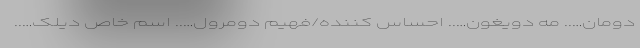
دومان….. مه دویغون….. احساس کننده/فهیم دومرول….. اسم خاص دیلک…..